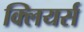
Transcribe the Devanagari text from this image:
क्लियर्स